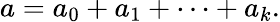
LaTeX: a=a_{0}+a_{1}+\cdots+a_{k}.